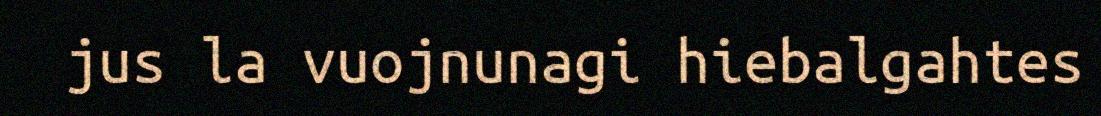
jus la vuojnunagi hiebalgahtes